Mental hospitals Bombay report 1929-33 - 1929-1933
Year: 1929
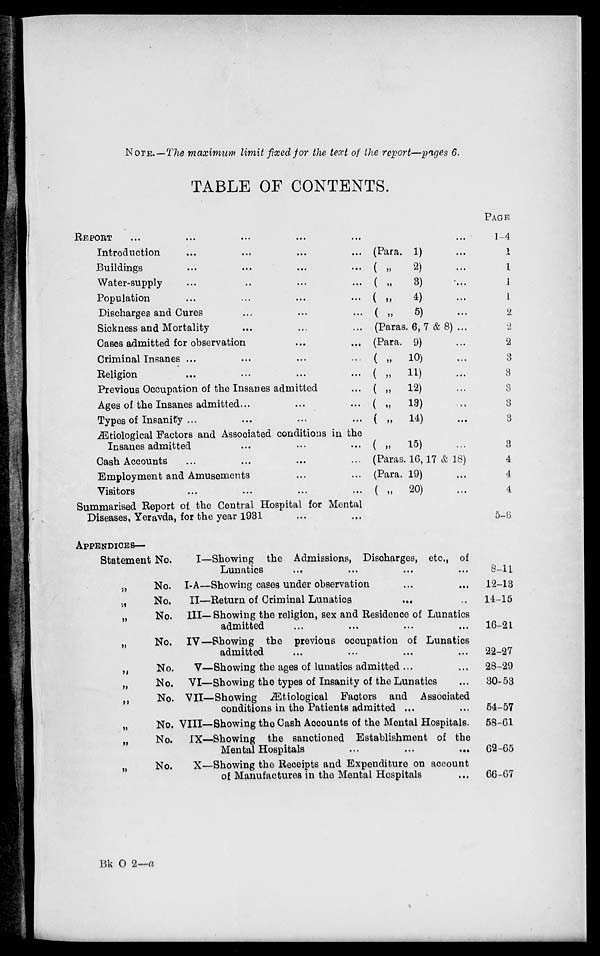
NOTE.—The maximum limit fixed for the text of the report—pages 6.
TABLE OF CONTENTS.
REPORT ... ... ... ... ...
Introduction ... ... ... ...
Buildings ... ... ... ...
Water-supply ... ... ... ...
Population ... ... ... ...
Discharges and Cures ... ... ... ...
Sickness and Mortality ... ... ... ...
Cases admitted for observation
...
...
Criminal Insanes ... ... ... ...
Religion ... ... ... ...
Previous Occupation of the Insanes admitted ...
Ages of the Insanes admitted ... ... ...
Types of Insanity ... ... ... ...
Ætiological Factors and Associated conditions in the
Insanes admitted ... ... ...
Cash Accounts ... ... ... ...
Employment and Amusements ... ...
Visitors ... ... ... ...
Summarised Report of the Central Hospital for Mental
Diseases, Yeravda, for the year 1931 ... ...
...
(Para. 1)
( „
2)
( „ 3)
( „
4)
( „
5)
(Paras. 6, 7 & 8) ...
(Para. 9)
( „ 10)
( „ 11)
( „ 12)
( „ 13)
( „ 14)
( „ 15)
(Paras. 16, 17 & 18)
(Para. 19) ...
( „ 20) ...
PAGE
1-4
1
1
1
1
2
2
2
3
3
3
3
3
3
4
4
4
5-6
APPENDICES—
Statement No.
„ No.
„ No.
„
No.
„ No.
„
No.
„ No.
„ No.
„ No.
„ No.
„
No.
I—
I-A—
II—
III—
IV—
V—
VI—
VII—
VIII—
IX—
X—
Showing the Admissions, Discharges, etc., of
Lunatics ... ... ... ...
Showing cases under observation ... ...
Return of Criminal Lunatics ... ...
Showing the religion, sex and Residence of Lunatics
admitted ... ... ... ...
Showing the previous occupation of Lunatics
admitted ... ... ... ...
Showing the ages of lunatics admitted ... ...
Showing the types of Insanity of the Lunatics ...
Showing Ætiological Factors and Associated
conditions in the Patients admitted ...
Showing the Cash Accounts of the Mental Hospitals.
Showing the sanctioned Establishment of the
Mental Hospitals ... ... ...
Showing the Receipts and Expenditure on account
of Manufactures in the Mental Hospitals ...
8-11
12-13
14-15
16-21
22-27
28-29
30-53
54-57
58-61
62-65
66-67
Bk O 2—a